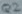
Text: Q2